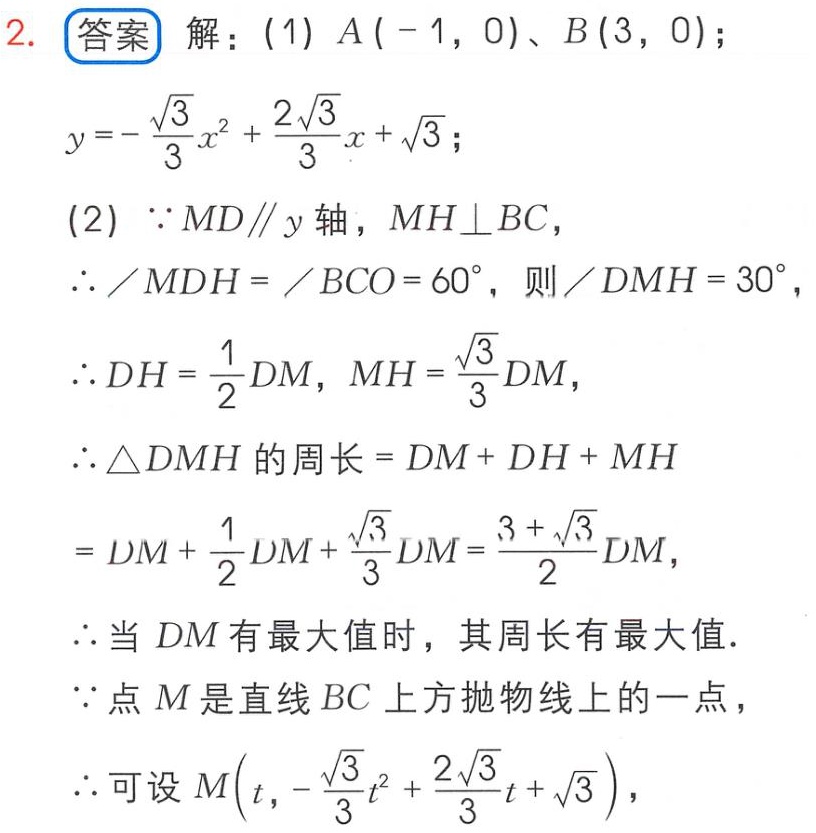
2. 答案 解：(1) \(A(-1,0)\)、\(B(3,0)\)；
\(y = -\frac{\sqrt{3}}{3}x^{2}+\frac{2\sqrt{3}}{3}x+\sqrt{3}\)；
(2) \(\because MD\parallel y\)轴，\(MH\perp BC\)，
\(\therefore \angle MDH=\angle BCO = 60^{\circ}\)，则\(\angle DMH = 30^{\circ}\)，
\(\therefore DH=\frac{1}{2}DM\)，\(MH=\frac{\sqrt{3}}{3}DM\)，
\(\therefore \triangle DMH\)的周长\(=DM + DH+MH\)
\(=DM+\frac{1}{2}DM+\frac{\sqrt{3}}{3}DM=\frac{3 + \sqrt{3}}{2}DM\)，
\(\therefore\)当 \(DM\)有最大值时，其周长有最大值．
\(\because\)点 \(M\)是直线 \(BC\)上方抛物线上的一点，
\(\therefore\)可设\(M\left(t,-\frac{\sqrt{3}}{3}t^{2}+\frac{2\sqrt{3}}{3}t+\sqrt{3}\right)\)，